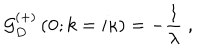
LaTeX: { \mathcal G } _ { D } ^ { ( + ) } \left( { \bf 0 } ; k = i \kappa \right) = - \frac { 1 } { \lambda } \; ,